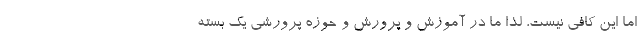
اما این کافی نیست، لذا ما در آموزش و پرورش و حوزه پرورشی یک بسته